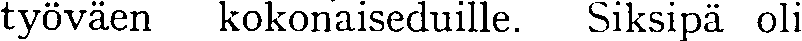
työväen kokonaiseduille. Siksipä oli